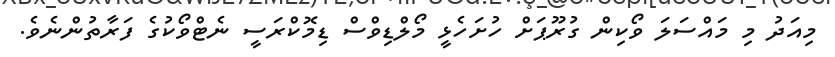
މިއަދު މި މައްސަލަ ވޯކިން ގުރޫޕަށް ހުށަހެޅީ މޯލްޑިވްސް ޑިމޮކްރަސީ ނެޓްވޯކުގެ ފަރާތުންނެވެ.